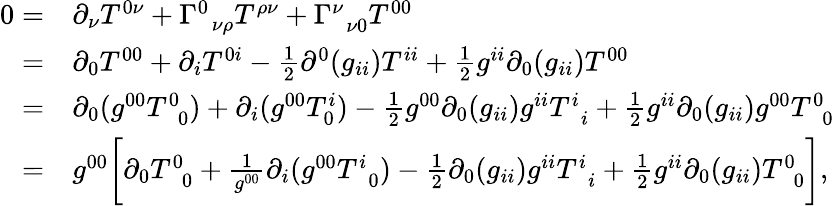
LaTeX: \begin{array}{rl}{0=}&{\partial_{\nu}T^{0\nu}+\Gamma_{\, \, \, \nu\rho}^{0}T^{\rho\nu}+\Gamma_{\, \, \, \nu 0}^{\nu}T^{00}}\\ {=}&{\partial_{0}T^{00}+\partial_{i}T^{0i}-\frac{1}{2}\partial^{0}(g_{ii})T^{ii}+\frac{1}{2}g^{ii}\partial_{0}(g_{ii})T^{00}}\\ {=}&{\partial_{0}(g^{00}T_{\, \, \, 0}^{0})+\partial_{i}(g^{00}T_{0}^{i})-\frac{1}{2}g^{00}\partial_{0}(g_{ii})g^{ii}T_{\, \, \, i}^{i}+\frac{1}{2}g^{ii}\partial_{0}(g_{ii})g^{00}T_{\, \, \, 0}^{0}}\\ {=}&{g^{00}\bigg[\partial_{0}T_{\, \, \, 0}^{0}+\frac{1}{g^{00}}\partial_{i}(g^{00}T_{\, \, \, 0}^{i})-\frac{1}{2}\partial_{0}(g_{ii})g^{ii}T_{\, \, \, i}^{i}+\frac{1}{2}g^{ii}\partial_{0}(g_{ii})T_{\, \, \, 0}^{0}\bigg],}\end{array}